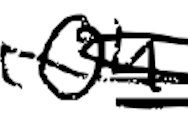
Text: on
Cross-out: mix
Writing tool: digital_black